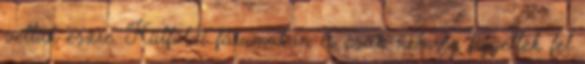
vettük észre. Külföldi fórumokon is csak nemrég figyeltek fel